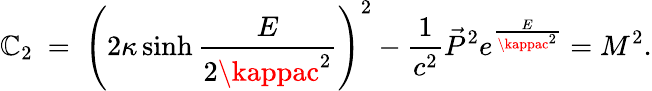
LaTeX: \mathbb{C}_{2}\ =\ \left(2\kappa\sinh\frac{{E}}{{2\kappac^{2}}}\right)^{2}-{\frac{{1}}{{c^{2}}}}\vec{{P}}^{2}e^{\frac{{E}}{{\kappac^{2}}}}=M^{2}.